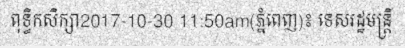
ពុទ្ធិកសិក្សា2017-10-30 11:50am(ភ្នំពេញ)៖ ទេសរដ្ឋមន្ត្រី